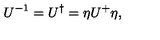
U ^ { - 1 } = U ^ { \dagger } = \eta U ^ { + } \eta ,